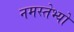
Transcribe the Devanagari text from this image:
नमस्तेभ्यो